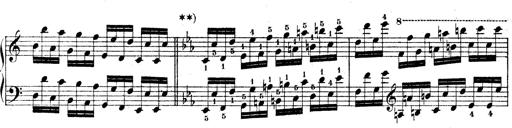
Title: Technische Studien
Composer: Franz Liszt